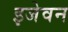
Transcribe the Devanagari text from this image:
इजेवन